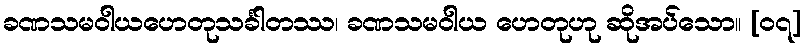
ခဏသမဝါယဟေတုသင်္ခါတဿ၊ ခဏသမဝါယ ဟေတုဟု ဆိုအပ်သော။ [၀၇]